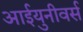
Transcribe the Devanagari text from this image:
आईयुनीवर्स